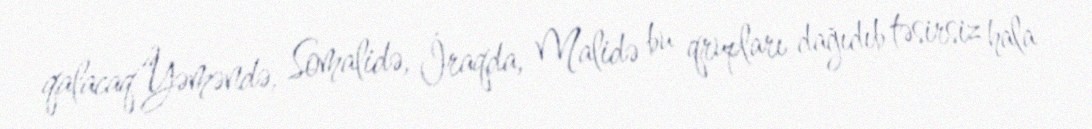
qalacaq“Yəməndə, Somalidə, İraqda, Malidə bu qrupları dağıdıb təsirsiz hala